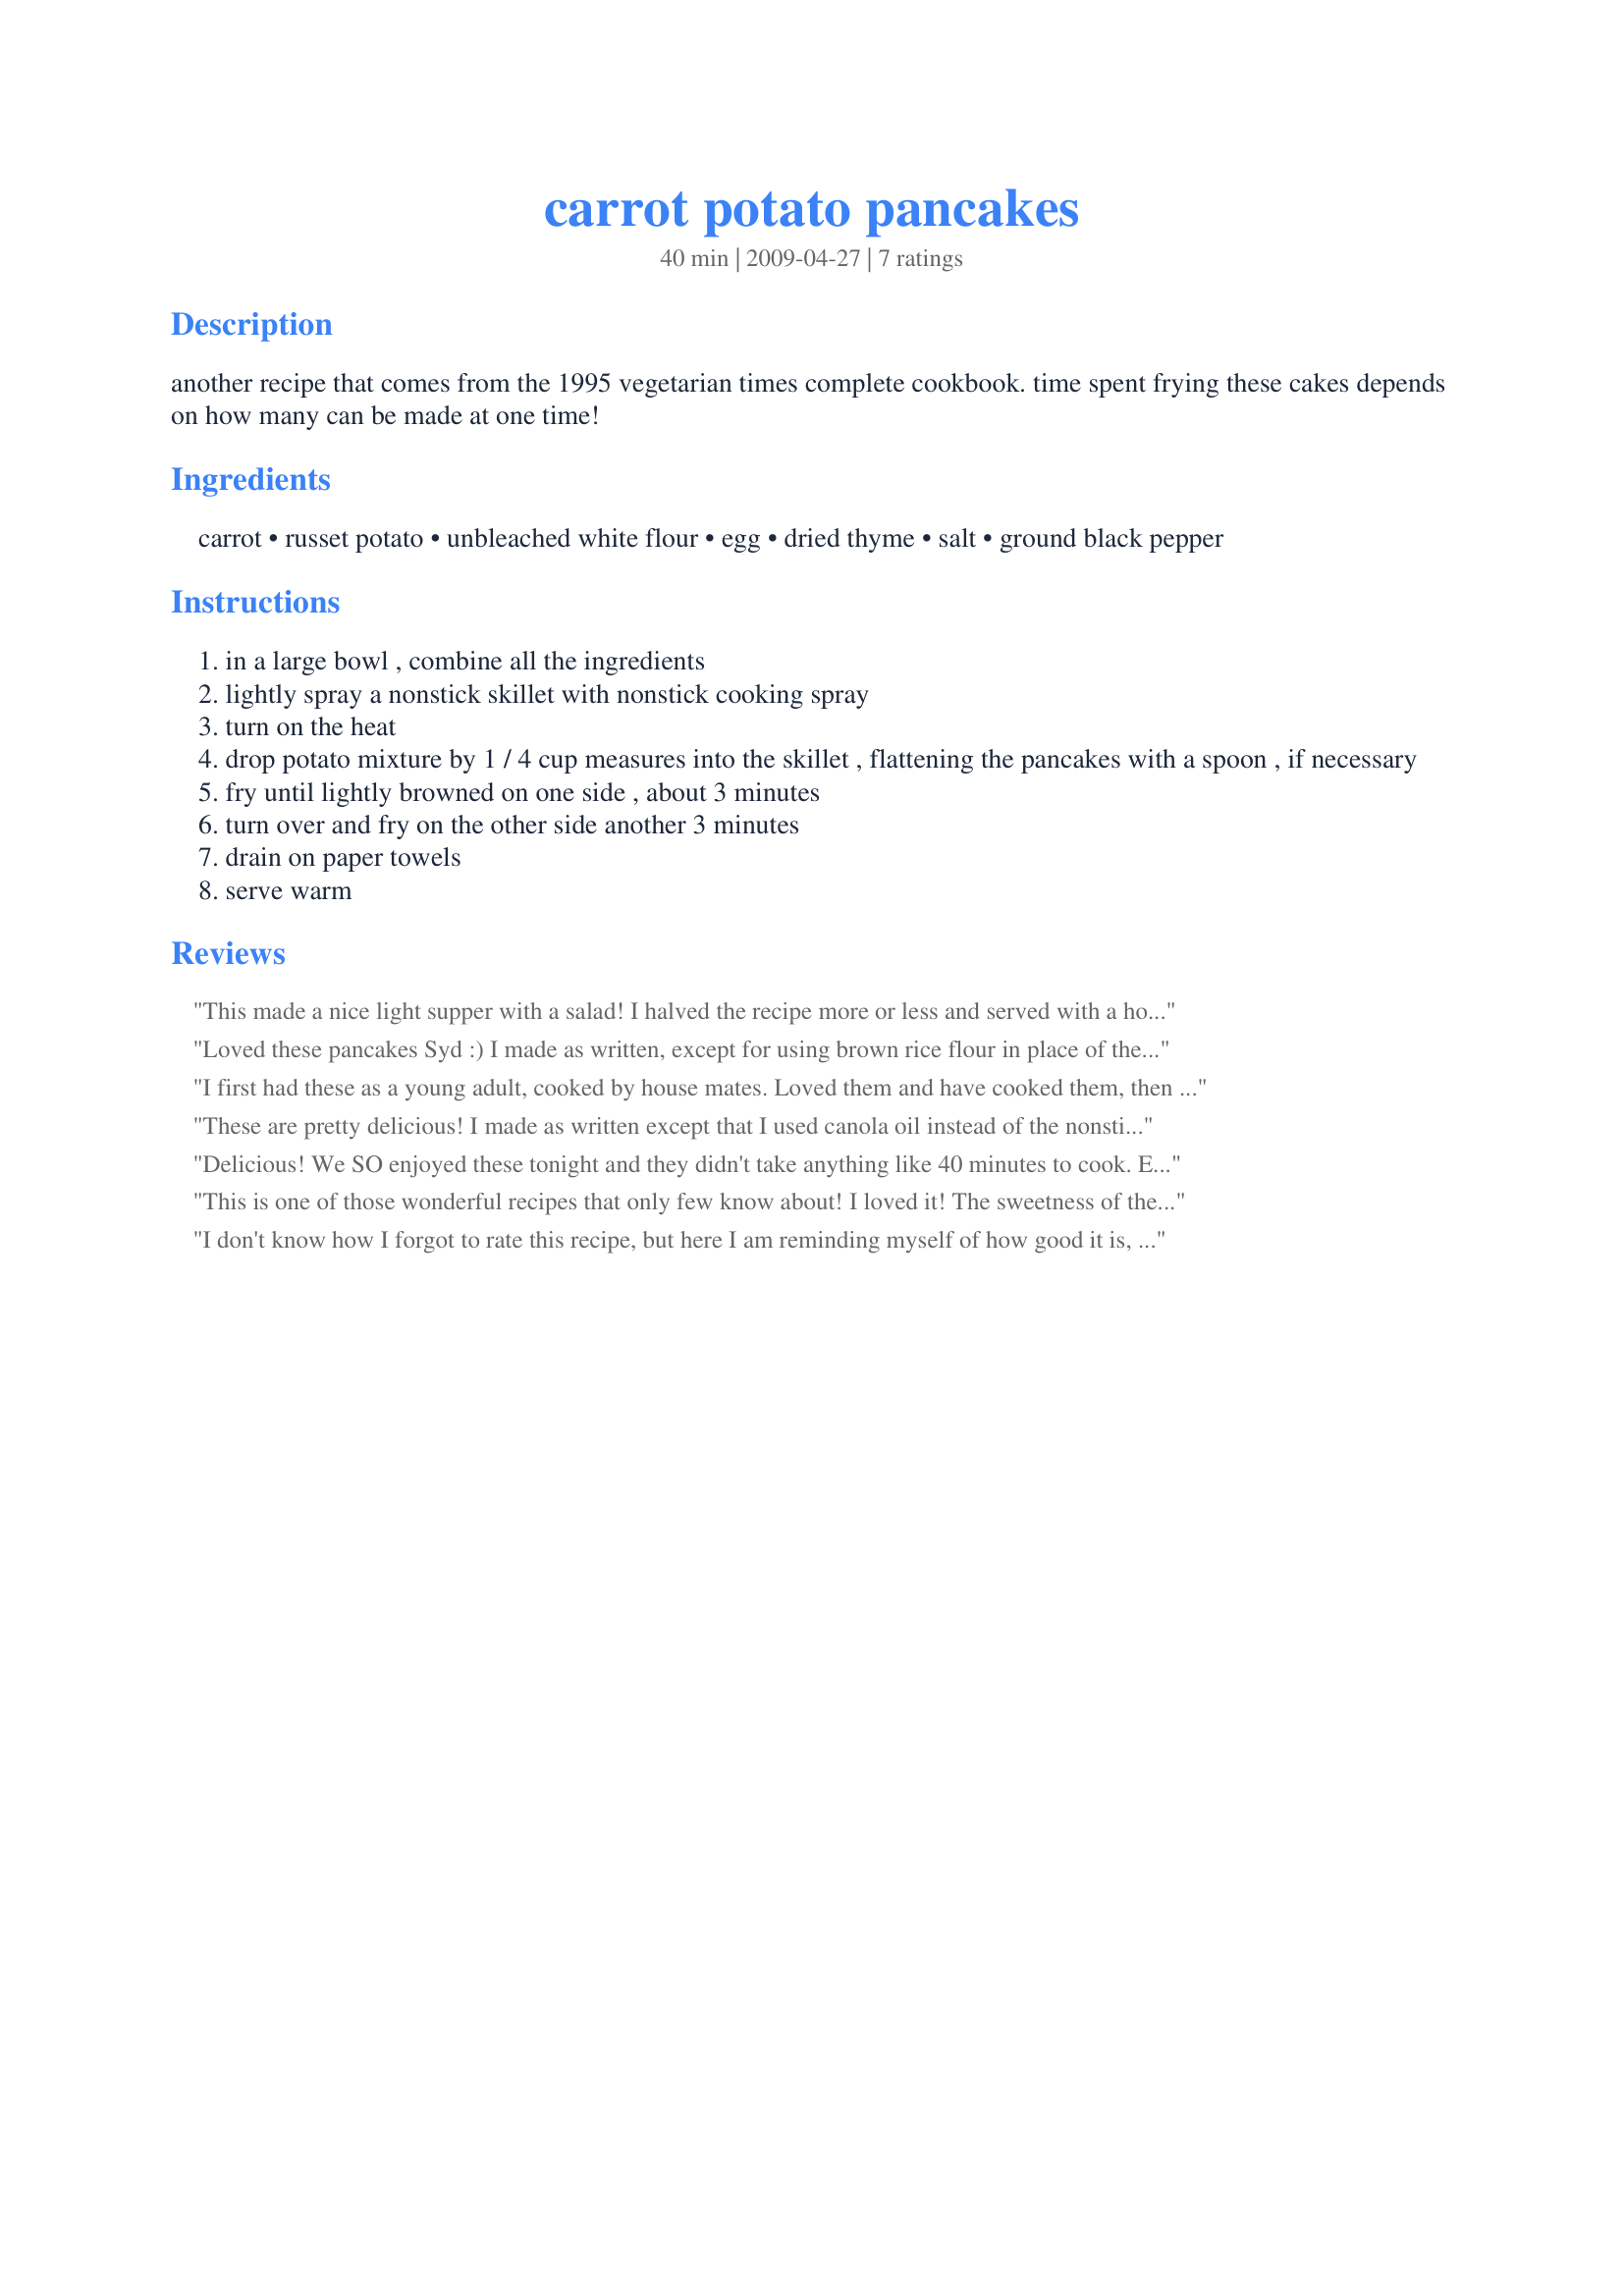
carrot potato pancakes
Preparation time: 40 minutes

another recipe that comes from the 1995 vegetarian times complete cookbook. time spent frying these cakes depends on how many can be made at one time!

Ingredients:
carrot, russet potato, unbleached white flour, egg, dried thyme, salt, ground black pepper

Steps:
in a large bowl , combine all the ingredients
lightly spray a nonstick skillet with nonstick cooking spray
turn on the heat
drop potato mixture by 1 / 4 cup measures into the skillet , flattening the pancakes with a spoon , if necessary
fry until lightly browned on one side , about 3 minutes
turn over and fry on the other side another 3 minutes
drain on paper towels
serve warm

Reviews:
This made a nice light supper with a salad! I halved the recipe more or less and served with a honey mustard mayo sauce. Thanks! Made for PRMR game.
Loved these pancakes Syd :) I made as written, except for using brown rice flour in place of the regular flour to suit my gluten-free diet. So easy to make and all cooked in around 20 minutes from start of prep to end of cooking time. I couldn't help myself and served these with sour lite cream and my favourite Thai sweet chilli sauce. Delicious. Made 12 pancakes and served the four of us........though they were so good, I should have made a double batch! For vegans, egg replacer would work in these pancakes. The carrot and potato were a great combo. Photo also to be posted
I first had these as a young adult, cooked by house mates. Loved them and have cooked them, then forgotten about them and so googled the recipe. I made them, or the first 3 by recipe but feel you need to use oil and canola best rather than cooking spray. The spay had them soft but the oil crisps them up! Like another person mentioned maybe some garlic but any other ingredients is by choice but please squeeze out excess juice before mixing with flour. Thanks for the recipe and enjoy!
These are pretty delicious! I made as written except that I used canola oil instead of the nonstick spray. The thyme gave it a great flavor that I thought would be suited better for the fall or winter than summertime, and I will definately be making these again when the weather cools. The leftovers were tasty, but they did not retain their crispness, so next time I'll make just enough to eat right away.
Delicious! We SO enjoyed these tonight and they didn't take anything like 40 minutes to cook. Except for adding some minced garlic and adding a blend of rosemary and sage to the thyme - all of which I love - I made these exactly to the recipe. They crisped up beautifully and we enjoyed them with Sydney Mike's Recipe #368227. They'd also be excellent with tzatziki such as Recipe #157176 or with a dollop of Greek yoghurt or sour cream. Again, thank you for sharing a super recipe, Sydney Mike. The sweetness of the carrots added a wonderful flavour dimension to what were basically traditional latkes. But so too did your Recipe #368227! :) I can see myself making these two recipes together - often. Made for PRMR.
This is one of those wonderful recipes that only few know about! I loved it! The sweetness of the carrots matched perfectly with thyme.Next time (oh,there'll be a lot of next times) I might bake them in the oven .A great dish for kids. Didn't change a thing,except that I made a double batch.Thanks for sharing.
I don't know how I forgot to rate this recipe, but here I am reminding myself of how good it is, and that I've got to make it again soon. I always seem to have an abundance of carrots that I need to figure out new recipes for, but this will be among the staples. Thyme was just the perfect herb to go with this. The only thing I added was some garlic...because well, garlic makes everything better. And some spring onions as well, if I have them handy.
